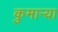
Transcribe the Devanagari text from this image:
कुमार्‍या